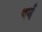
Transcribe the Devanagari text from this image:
थर्म